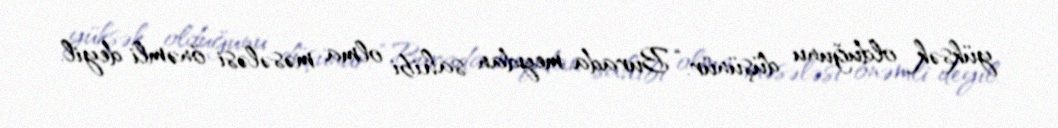
yüksək olduğunu düşünür: “Burada meydan sahibi olma məsələsi önəmli deyil.